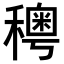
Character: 𥣄